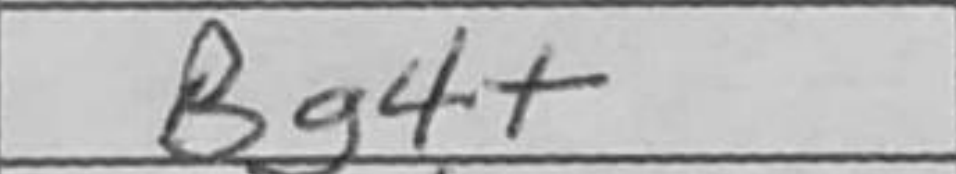
Transcription: Bg4+